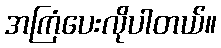
အကြံပေးလိုပါတယ်။